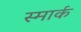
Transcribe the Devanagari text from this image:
स्मार्क